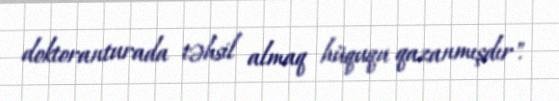
doktoranturada təhsil almaq hüququ qazanmışdır".